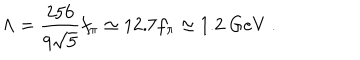
\Lambda = \frac { 2 5 6 } { 9 \sqrt { 5 } } f _ { \pi } \simeq 1 2 . 7 f _ { \pi } \simeq 1 . 2 \; \mathrm { G e V } \; .